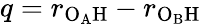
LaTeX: q=r_{\mathrm{O_{A}H}}-r_{\mathrm{O_{B}H}}